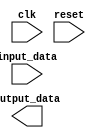
module voltage_level_shifter (
    input wire clk,
    input wire reset,
    input wire [7:0] input_data, // input signals from first voltage domain
    output wire [7:0] output_data // output signals at different voltage level for second domain
);

// level shifting logic implementation
// add your code here

endmodule